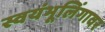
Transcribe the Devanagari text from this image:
स्वयंभूलिंगावर